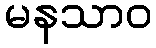
မနသာဝ